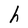
Character: h